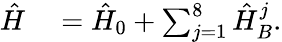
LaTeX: \begin{array}{rl}{\hat{H}}&{{}=\hat{H}_{0}+\sum_{j=1}^{8}\hat{H}_{B}^{j}.}\end{array}